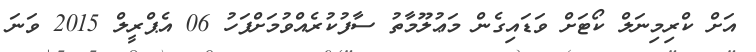
އަށް ކްރިމިނަލް ކޯޓަށް ވަޑައިގެން މަޢުލޫމާތު ސާފުކުރެއްވުމަށްފަހު 06 އެޕްރީލް 2015 ވަނަ